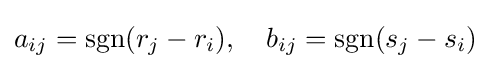
a_{ij}=\operatorname {sgn}(r_{j}-r_{i}),\quad b_{ij}=\operatorname {sgn}(s_{j}-s_{i})